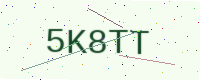
Text: 5K8TT